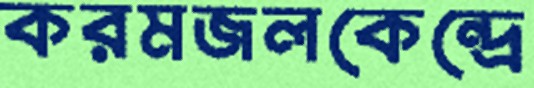
করমজলকেন্দ্রে